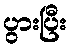
ပွားပြီး